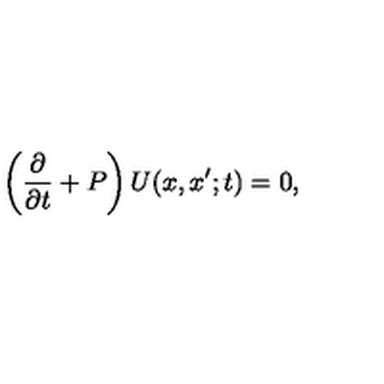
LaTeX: \left( { \frac { \partial } { \partial t } } + P \right) U ( x , x ^ { \prime } ; t ) = 0 ,